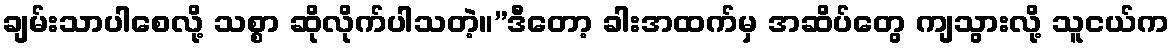
ချမ်းသာပါစေလို့ သစ္စာ ဆိုလိုက်ပါသတဲ့။”ဒီတော့ ခါးအထက်မှ အဆိပ်တွေ ကျသွားလို့ သူငယ်က